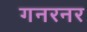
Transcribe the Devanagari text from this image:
गनरनर